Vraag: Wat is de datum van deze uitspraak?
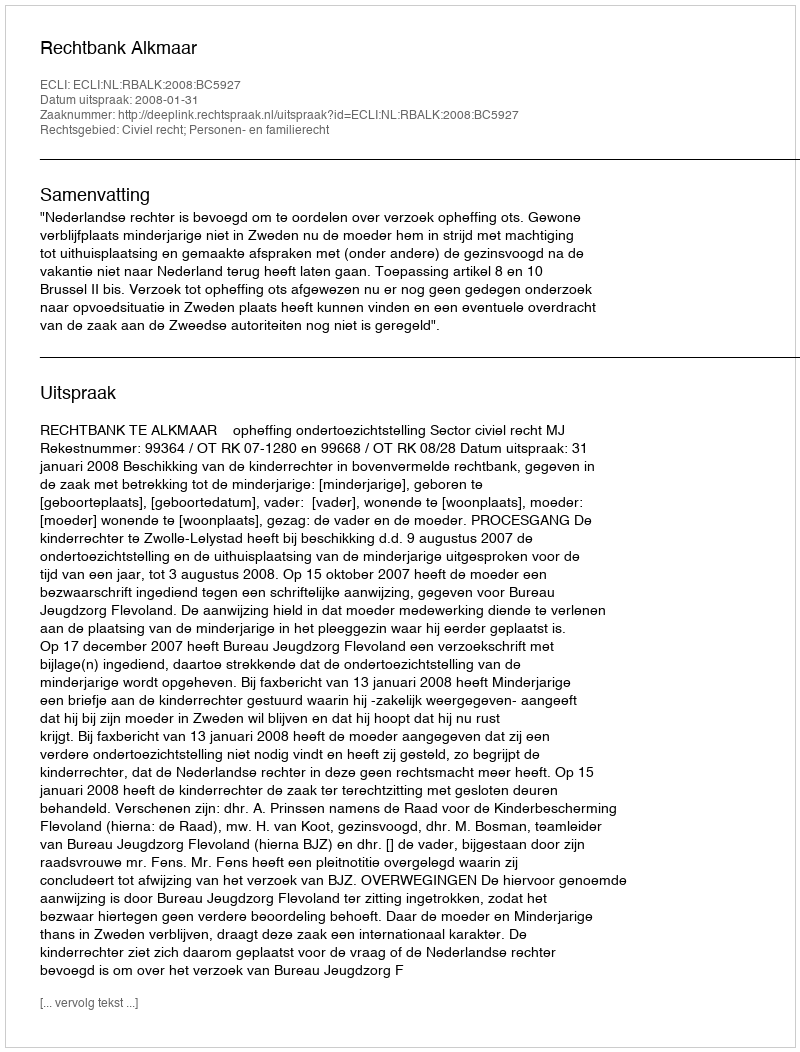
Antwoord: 2008-01-31